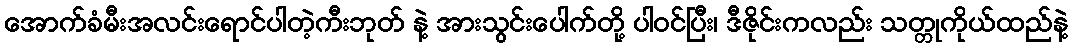
အောက်ခံမီးအလင်းရောင်ပါတဲ့ကီးဘုတ် နဲ့ အားသွင်းပေါက်တို့ ပါဝင်ပြီး၊ ဒီဇိုင်းကလည်း သတ္တုကိုယ်ထည်နဲ့